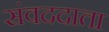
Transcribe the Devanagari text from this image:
संवददाता